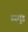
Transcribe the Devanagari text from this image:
रुरुमुंड